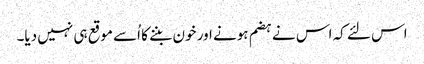
اس لئے کہ اس نے ہضم ہونے اور خون بننے کا اُسے موقع ہی نہیں دیا۔